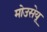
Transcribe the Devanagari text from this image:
मोउसेयू